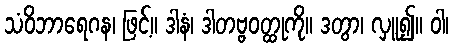
သံဝိဘာရေဂန၊ ဖြင့်။ ဒါနံ၊ ဒါတဗ္ဗဝတ္ထုကို။ ဒတွာ၊ လှူ၍။ ဝါ၊